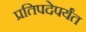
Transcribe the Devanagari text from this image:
प्रतिपदेपर्यंत